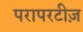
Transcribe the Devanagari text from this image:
परापरटीज़